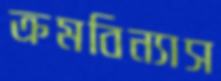
ক্রমবিন্যাস